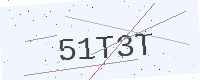
Text: 51T3T